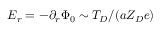
E _ { r } = - \partial _ { r } \Phi _ { 0 } \sim T _ { D } / ( a Z _ { D } e )